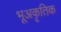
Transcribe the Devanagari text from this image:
भूअकृतिक